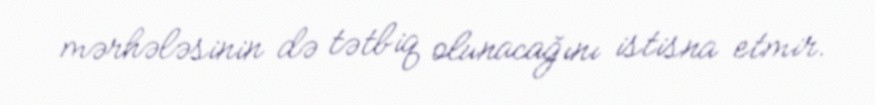
mərhələsinin də tətbiq olunacağını istisna etmir.